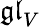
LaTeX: {\mathfrak{gl}}_{V}